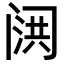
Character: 𮤷